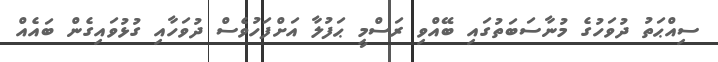
ސިއްޙަތު ދުވަހުގެ މުނާސަބަތުގައި ބޭއްވި ރަސްމީ ޙަފުލާ އަށްފަހުވެސް ދުވަހާއި ގުޅުވައިގެން ބައެއް